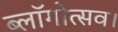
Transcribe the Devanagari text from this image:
ब्लॉगोत्सव।